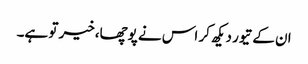
ان کے تیور دیکھ کر اس نے پوچھا،خیر تو ہے۔